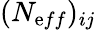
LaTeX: (N_{\mathrm{e}ff})_{ij}